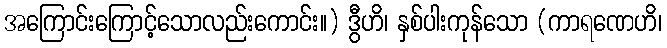
အကြောင်းကြောင့်သောလည်းကောင်း။) ဒွီဟိ၊ နှစ်ပါးကုန်သော (ကာရဏေဟိ၊